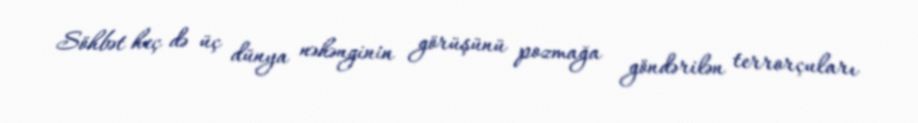
Söhbət heç də üç dünya nəhənginin görüşünü pozmağa göndərilən terrorçuları